Calcutta medical institutions reports 1871-78
Year: 1871
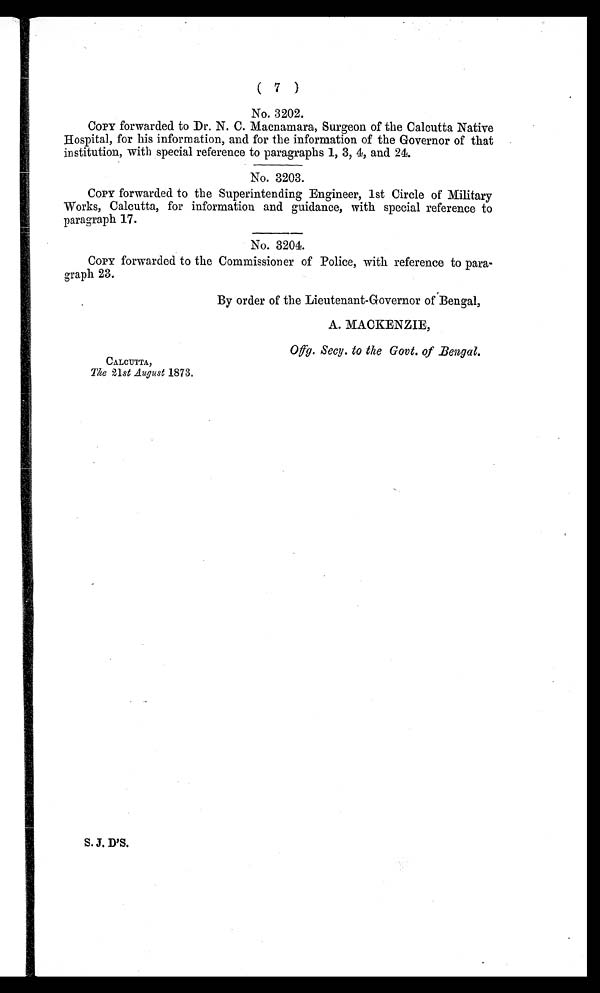
( 7 )
No. 3202.
COPY forwarded to Dr. N. C. Macnamara, Surgeon of the Calcutta Native
Hospital, for his information, and for the information of the Governor of that
institution, with special reference to paragraphs 1, 3, 4, and 24.
No. 3203.
COPY forwarded to the Superintending Engineer, 1st Circle of Military
Works, Calcutta, for information and guidance, with special reference to
paragraph 17.
No. 3204.
COPY forwarded to the Commissioner of Police, with reference to para-
graph 23.
CALCUTTA,
The 21st August 1873.
By order of the Lieutenant-Governor of Bengal,
A. MACKENZIE,
Offg. Secy. to the Govt. of Bengal.
S. J. D'S.